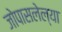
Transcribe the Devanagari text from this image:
जोपासलेल्या